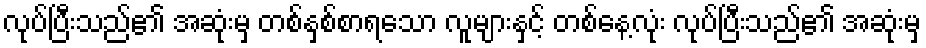
လုပ်ပြီးသည်၏ အဆုံးမှ တစ်နှစ်စာရသော လူများနှင့် တစ်နေ့လုံး လုပ်ပြီးသည်၏ အဆုံးမှ